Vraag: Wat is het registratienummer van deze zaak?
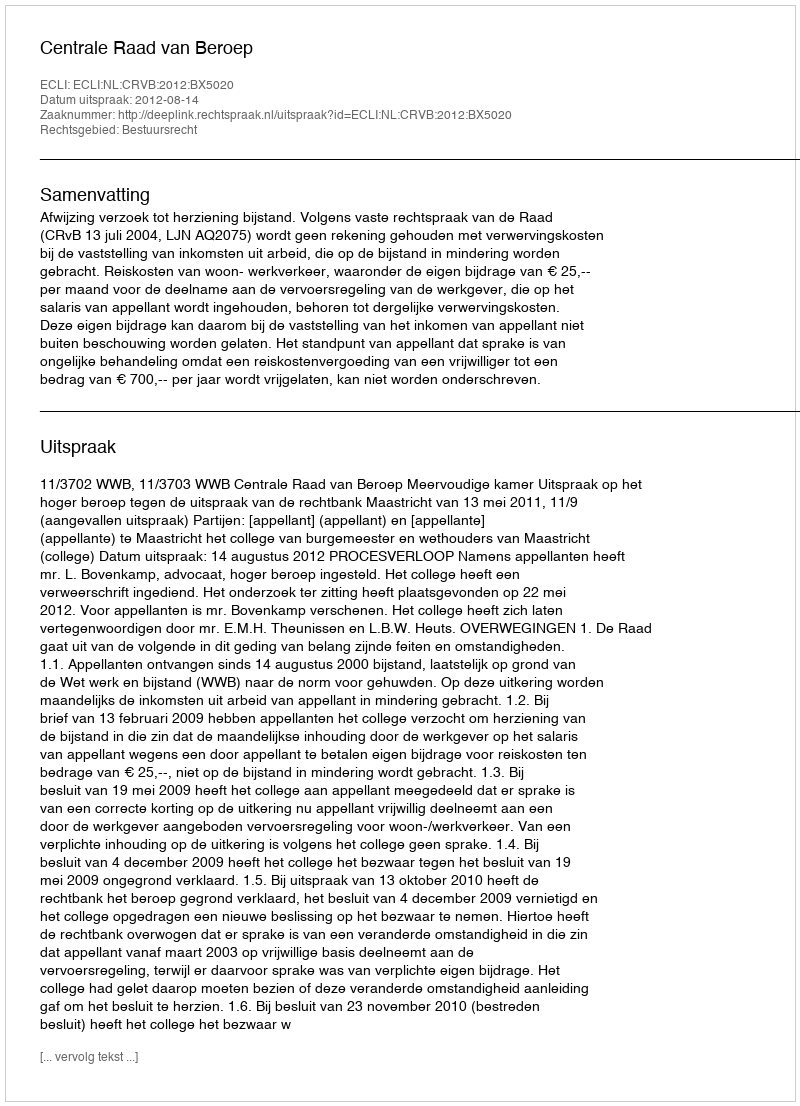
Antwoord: http://deeplink.rechtspraak.nl/uitspraak?id=ECLI:NL:CRVB:2012:BX5020